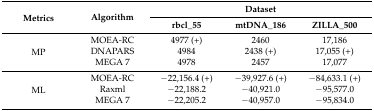
<table><thead><tr><td rowspan="2"><b>Metrics</b></td><td rowspan="2"><b>Algorithm</b></td><td colspan="3"><b>Dataset</b></td></tr><tr><td><b>rbcl_55</b></td><td><b>mtDNA_186</b></td><td><b>ZILLA_500</b></td></tr></thead><tbody><tr><td rowspan="3">MP</td><td>MOEA-RC</td><td>4977 (+)</td><td>2460</td><td>17,186</td></tr><tr><td>DNAPARS</td><td>4984</td><td>2438 (+)</td><td>17,055 (+)</td></tr><tr><td>MEGA 7</td><td>4978</td><td>2457</td><td>17,077</td></tr><tr><td rowspan="3">ML</td><td>MOEA-RC</td><td>−22,156.4 (+)</td><td>−39,927.6 (+)</td><td>−84,633.1 (+)</td></tr><tr><td>Raxml</td><td>−22,188.2</td><td>−40,921.0</td><td>−95,577.0</td></tr><tr><td>MEGA 7</td><td>−22,205.2</td><td>−40,957.0</td><td>−95,834.0</td></tr></tbody></table>